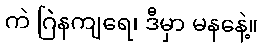
ကဲ ဂြဲနကျရေ၊ ဒီမှာ မနနေဲ့။